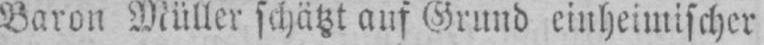
Baron Müller schätzt auf Grund einheimischer